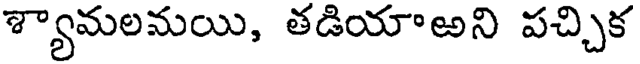
శ్యామలమయి, తడియాఱని పచ్చిక